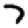
Digit: 7